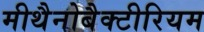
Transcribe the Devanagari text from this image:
मीथैनोबैक्टीरियम